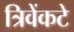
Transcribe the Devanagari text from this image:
त्रिवेंकटे